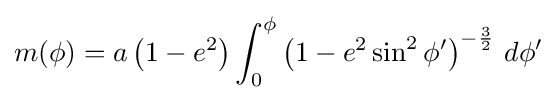
m(\phi )=a\left(1-e^{2}\right)\int _{0}^{\phi }\left(1-e^{2}\sin ^{2}\phi '\right)^{-{\frac {3}{2}}}\,d\phi '